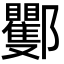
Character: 䣤